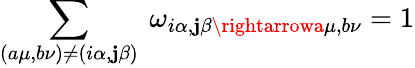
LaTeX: \sum_{(a\mu,b\nu)\neq(i\alpha,\mathbf{j}\beta)}\ \omega_{i\alpha,\mathbf{j}\beta\rightarrowa\mu,b\nu}=1